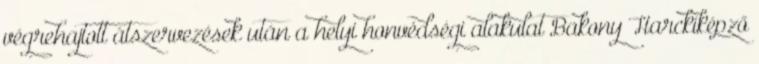
végrehajtott átszervezések után a helyi honvédségi alakulat Bakony Harckiképző